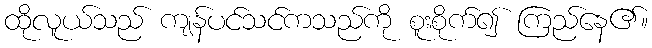
ထိုလူယ်သည် ကျန်ပင်သင်ကသည်ကို စူးစိုက်၍ ကြည်နေ၏။